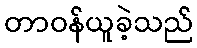
တာဝန်ယူခဲ့သည်